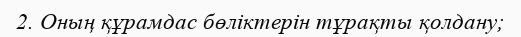
2. Оның құрамдас бөліктерін тұрақты қолдану;